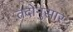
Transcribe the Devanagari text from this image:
तदोनुसार